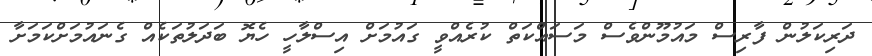
ދަރިކަލުން ފާރިސް މައުމޫންވެސް މަސައްކަތް ކުރެއްވީ ގައުމަށް އިސްލާހީ ހެޔޮ ބަދަލުތަކެއް ގެނައުމަށްކަމަށާ